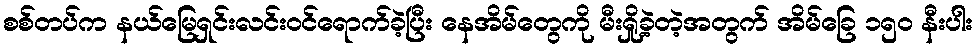
စစ်တပ်က နယ်မြေရှင်းလင်းဝင်ရောက်ခဲ့ပြီး နေအိမ်တွေကို မီးရှို့ခဲ့တဲ့အတွက် အိမ်ခြေ ၁၅၀ နီးပါး